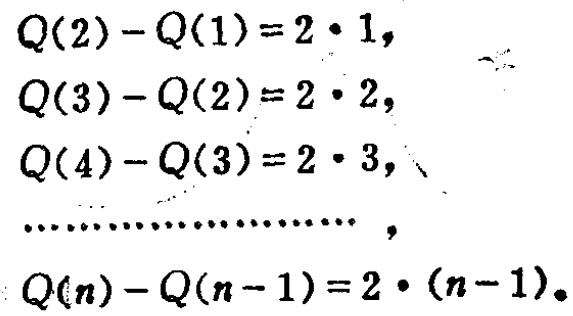
\begin{align*}
Q(2)-Q(1)&=2\cdot1,\\
Q(3)-Q(2)&=2\cdot2,\\
Q(4)-Q(3)&=2\cdot3,\\
&\cdots\cdots\cdots\cdots\cdots\cdots,\\
Q(n)-Q(n - 1)&=2\cdot(n - 1).
\end{align*}